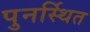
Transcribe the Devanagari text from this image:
पुनर्स्थित